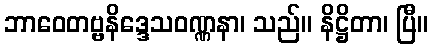
ဘာဝေတဗ္ဗနိဒ္ဒေသဝဏ္ဏနာ၊ သည်။ နိဋ္ဌိတာ၊ ပြီ။